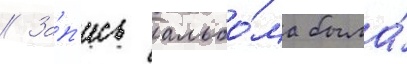
// За́п'ись альбо́ма была́